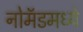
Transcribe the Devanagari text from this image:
नोमॅडमध्ये